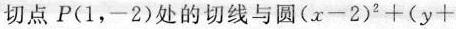
切点P(1，-2)处的切线与圆$$( x - 2 )^{2} + ( y +